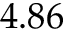
4 . 8 6